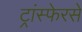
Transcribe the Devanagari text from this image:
ट्रांस्फेरसे